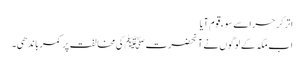
اتر کر حرا سے سوءِ قوم آیا
اب مکہ کے لوگوں نے آنحضرت ﷺکی مخالفت پر کمر باندھی۔